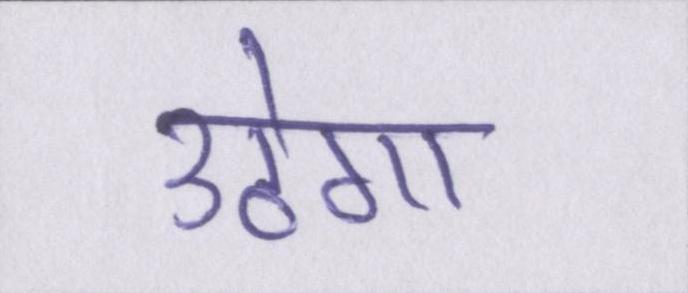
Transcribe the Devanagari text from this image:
उठेगा